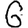
Digit: 6